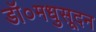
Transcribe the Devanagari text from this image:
डॉ०मधुसूदन